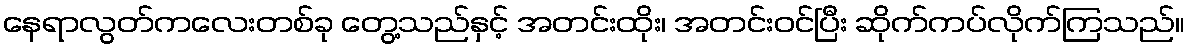
နေရာလွတ်ကလေးတစ်ခု တွေ့သည်နှင့် အတင်းထိုး၊ အတင်းဝင်ပြီး ဆိုက်ကပ်လိုက်ကြသည်။